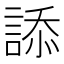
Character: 𧨩